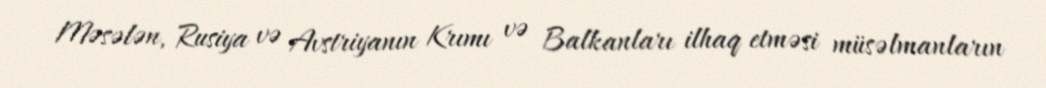
Məsələn, Rusiya və Avstriyanın Krımı və Balkanları ilhaq etməsi müsəlmanların